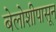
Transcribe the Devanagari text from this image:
बेलोशीपासून